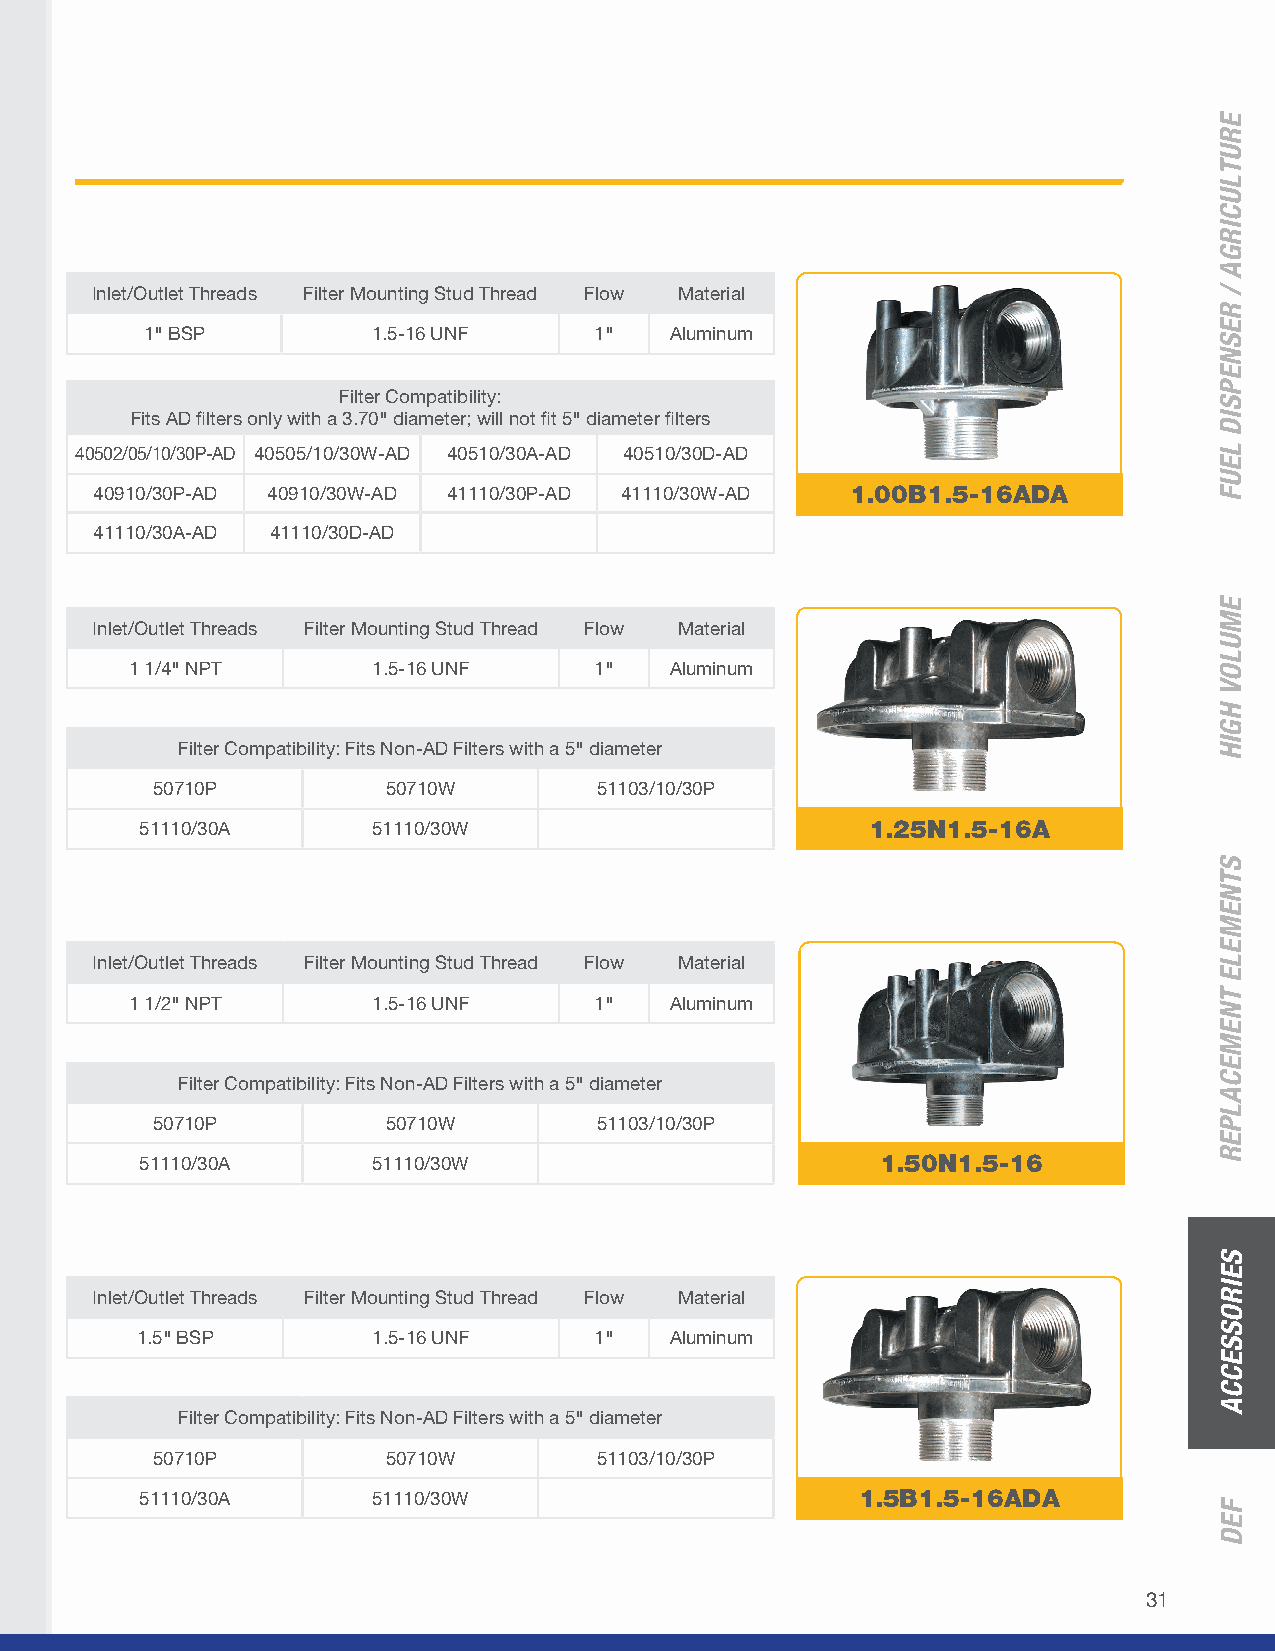
Inlet/Outlet Threads Filter Mounting Stud Thread Flow Material
 1" BSP         1.5-16 UNF    1"   Aluminum
 Filter Compatibility:
 Fits AD filters only with a 3.70" diameter; will not fit 5" diameter filters
 40502/05/10/30P-AD 40505/10/30W-AD 40510/30A-AD 40510/30D-AD
 40910/30P-AD 40910/30W-AD 41110/30P-AD 41110/30W-AD 1.00B1.5-16ADA
 41110/30A-AD 41110/30D-AD
 Inlet/Outlet Threads Filter Mounting Stud Thread Flow Material
 1 1/4" NPT      1.5-16 UNF    1"   Aluminum
 Filter Compatibility: Fits Non-AD Filters with a 5" diameter
 50710P          50710W       51103/10/30P
 51110/30A       51110/30W                        1.25N1.5-16A
 Inlet/Outlet Threads Filter Mounting Stud Thread Flow Material
 1 1/2" NPT      1.5-16 UNF    1"   Aluminum
 Filter Compatibility: Fits Non-AD Filters with a 5" diameter
 50710P          50710W       51103/10/30P
 51110/30A       51110/30W                        1.50N1.5-16
 Inlet/Outlet Threads Filter Mounting Stud Thread Flow Material
 1.5" BSP        1.5-16 UNF    1"   Aluminum
 Filter Compatibility: Fits Non-AD Filters with a 5" diameter
 50710P          50710W       51103/10/30P
 51110/30A       51110/30W                       1.5B1.5-16ADA
 31
 ERUTLUCIRGA
 /
 RESNEPSID
 LEUF
 EMULOV
 HGIH
 STNEMELE
 TNEMECALPER
 SEIROSSECCA
 FED